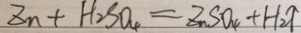
Z n + H _ { 2 } S O _ { 4 } = Z n S O _ { 4 } + H _ { 2 } \uparrow